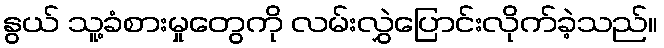
နွယ် သူ့ခံစားမှုတွေကို လမ်းလွှဲပြောင်းလိုက်ခဲ့သည်။